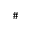
\#